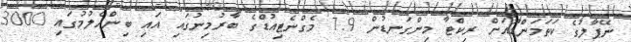
ނޭޕާލުގެ ކަތަމަންޑޫއަށް ރިކްޓާ މިންގަނޑުން 7.9 މެގްނެޓިއުޑްގެ ބާރުމިނުގައި އައި ބިންހެލުމުގައި 3000